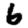
Digit: 6